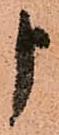
申